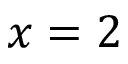
x = 2